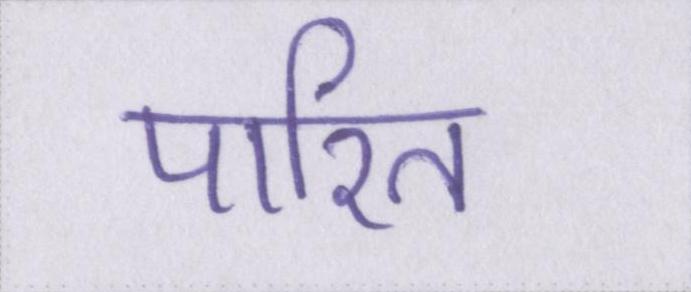
पारित